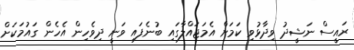
ރައީސް ނަޝީދު ވިދާޅުވި ކަމަށް އެމަޖައްލާގައި ބުނެފައި ވަނީ ދިވެހިން އެހެން ގައުމަކަށް